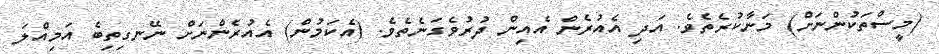
(މީސްތަކުންނަށް) މަނާކުރެތެވެ. އަދި އެއުރެން އެއިން ދުރުވެގަނެތެވެ. (އެކަމުން) އެއުރެންނަށް ނޭނގިތިބެ އަމިއްލަ